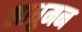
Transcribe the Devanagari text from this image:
साधुमन